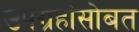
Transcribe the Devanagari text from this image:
उपग्रहांसोबत